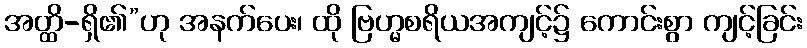
အတ္ထိ-ရှိ၏”ဟု အနက်ပေး၊ ထို ဗြဟ္မစရိယအကျင့်၌ ကောင်းစွာ ကျင့်ခြင်း